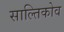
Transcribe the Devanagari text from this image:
साल्तिकोव